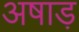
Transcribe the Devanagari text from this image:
अषाड़